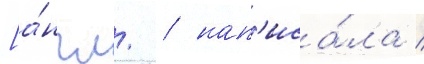
[а́нгл. / нап'иса́ла /